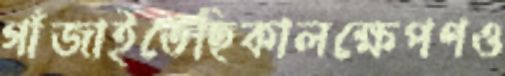
গাঁজাইতেছিকালক্ষেপণও